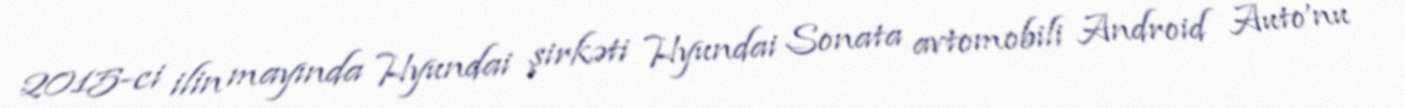
2015-ci ilin mayında Hyundai şirkəti Hyundai Sonata avtomobili Android Auto'nu